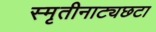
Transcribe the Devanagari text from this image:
स्मृतीनाट्यछटा